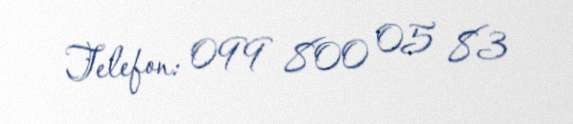
Telefon: 099 800 05 83